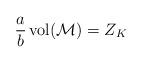
LaTeX: \begin{align*}\frac{a}{b}\,{\rm vol}({\cal M})=Z_K\end{align*}